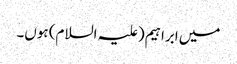
میں ابراہیم(علیہ السلام) ہوں۔